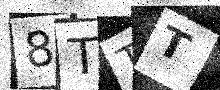
Text: 8TTT